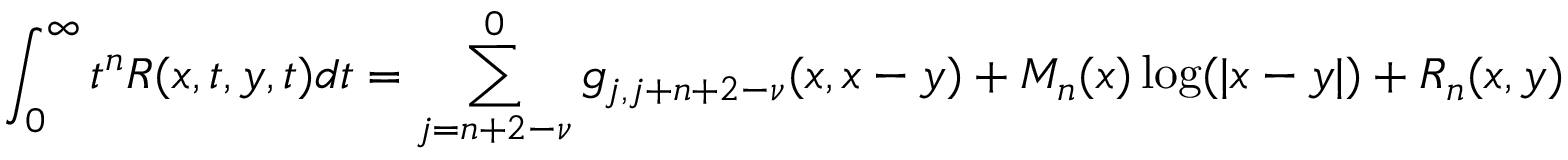
\int _ { 0 } ^ { \infty } t ^ { n } R ( x , t , y , t ) d t = \sum _ { j = n + 2 - \nu } ^ { 0 } g _ { j , j + n + 2 - \nu } ( x , x - y ) + M _ { n } ( x ) \log ( \vert x - y \vert ) + R _ { n } ( x , y )